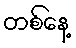
တစ်နေ့